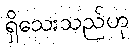
ရှိသေးသည်ဟု